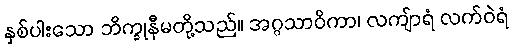
နှစ်ပါးသော ဘိက္ခုနီမတို့သည်။ အဂ္ဂသာဝိကာ၊ လကျ်ာရံ လက်ဝဲရံ